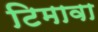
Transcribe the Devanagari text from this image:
टिमावा